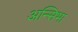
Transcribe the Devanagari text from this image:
अन्सिभा